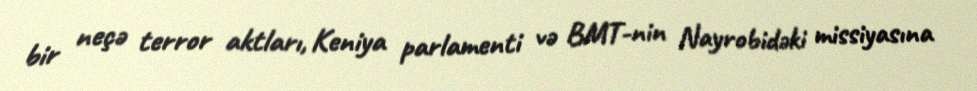
bir neçə terror aktları, Keniya parlamenti və BMT-nin Nayrobidəki missiyasına